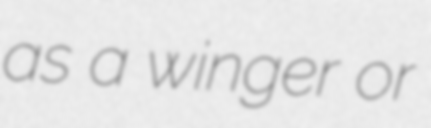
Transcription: as a winger or